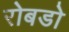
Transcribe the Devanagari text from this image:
रोबडो